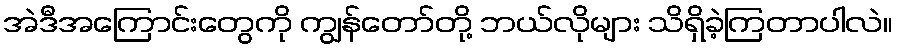
အဲဒီအကြောင်းတွေကို ကျွန်တော်တို့ ဘယ်လိုများ သိရှိခဲ့ကြတာပါလဲ။